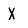
Character: X